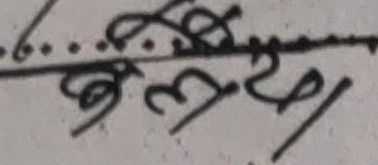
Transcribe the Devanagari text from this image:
लुम्बिनी